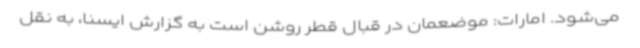
می‌شود. امارات: موضعمان در قبال قطر روشن است به گزارش ایسنا، به نقل